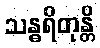
သန္ဓရိတုန္တိ